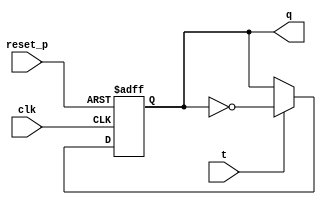
`timescale 1ns / 1ps


////////////////////////////////////////////////
module T_flip_flop_p(
    input clk, reset_p,
    input t,
    output reg q
    );
    
    always @(posedge clk or posedge reset_p)begin
        if (reset_p) begin q = 0; end
        else begin 
            if(t) q = ~q;
            else q=q;
        end                
    end
    
endmodule
////////////////////////////////////////////////


 module ring_counter_fnd(
    input clk, reset_p,
    output reg [3:0] com
    );
    
    reg [16:0] clk_div;
    wire clk_div_16;
    always @(posedge clk) clk_div = clk_div +1;
    
    edge_detector_n ed (.clk(clk), .reset_p(reset_p), .cp(clk_div[16]), .p_edge(clk_div_16));
    
    always @(posedge clk_div[16] or posedge reset_p) begin //[13]
        if(reset_p) com = 4'b1110;
        else begin
         case(com)
                4'b1110: com= 4'b1101;
                4'b1101: com= 4'b1011;
                4'b1011: com= 4'b0111;
                4'b0111: com= 4'b1110;
                default  com= 4'b1110;
            endcase   
         end
    end
endmodule

/////////////////////////////////////////////////////////////
module edge_detector_n(
    input clk, reset_p,
    input cp,
    output p_edge, n_edge
    );
    
    reg ff_cur, ff_old;
    
    always @ ( negedge clk or posedge reset_p)begin
        if(reset_p)begin
            ff_cur <= 0;
            ff_old <= 0;          
        end
    
        else begin
            ff_cur <= cp;       //'ff_cur = cp'    blocking 
            ff_old <= ff_cur;   //(       
                                //==> 'ff_cur = cp' 'ff_old <= ff_cur' 
                                // '<='    
        end                     //  always    nonblocking'<=' 
    end
    
    assign p_edge = ({ff_cur, ff_old} == 2'b10) ? 1 : 0;
    assign n_edge = ({ff_cur, ff_old} == 2'b01) ? 1 : 0;
endmodule
//////////////////////////////////////////////////////////////////